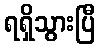
ရရှိသွားပြီ